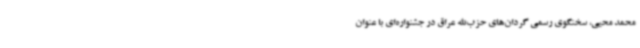
محمد محیی، سخنگوی رسمی گردان‌های حزب‌الله عراق در جشنواره‌ای با عنوان